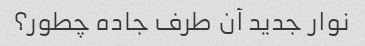
نوار جدید آن طرف جاده چطور؟